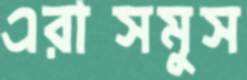
এরাসমুস